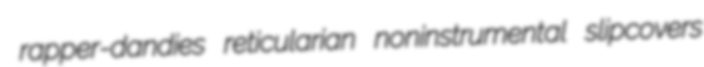
rapper-dandies reticularian noninstrumental slipcovers